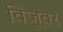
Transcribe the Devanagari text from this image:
विज्वर